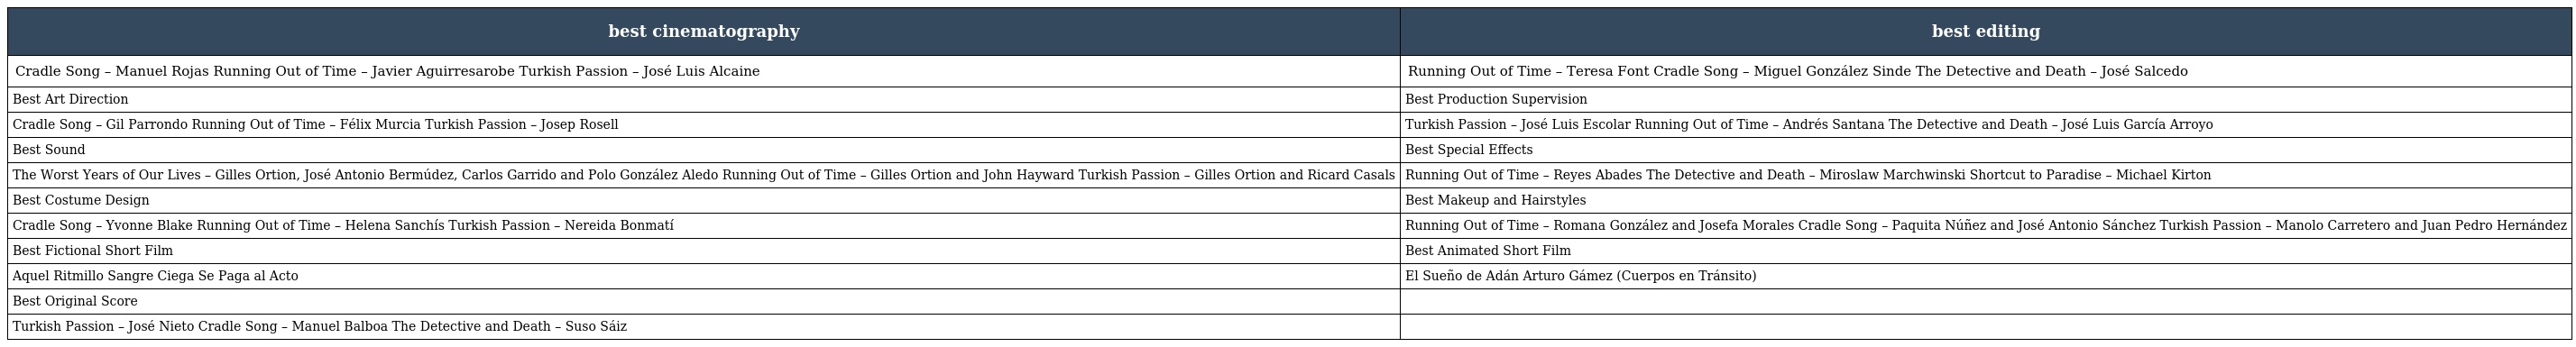
| best cinematography | best editing |
 | --- | --- |
 | Cradle Song – Manuel Rojas Running Out of Time – Javier Aguirresarobe Turkish Passion – José Luis Alcaine | Running Out of Time – Teresa Font Cradle Song – Miguel González Sinde The Detective and Death – José Salcedo |
 | Best Art Direction | Best Production Supervision |
 | Cradle Song – Gil Parrondo Running Out of Time – Félix Murcia Turkish Passion – Josep Rosell | Turkish Passion – José Luis Escolar Running Out of Time – Andrés Santana The Detective and Death – José Luis García Arroyo |
 | Best Sound | Best Special Effects |
 | The Worst Years of Our Lives – Gilles Ortion, José Antonio Bermúdez, Carlos Garrido and Polo González Aledo Running Out of Time – Gilles Ortion and John Hayward Turkish Passion – Gilles Ortion and Ricard Casals | Running Out of Time – Reyes Abades The Detective and Death – Miroslaw Marchwinski Shortcut to Paradise – Michael Kirton |
 | Best Costume Design | Best Makeup and Hairstyles |
 | Cradle Song – Yvonne Blake Running Out of Time – Helena Sanchís Turkish Passion – Nereida Bonmatí | Running Out of Time – Romana González and Josefa Morales Cradle Song – Paquita Núñez and José Antonio Sánchez Turkish Passion – Manolo Carretero and Juan Pedro Hernández |
 | Best Fictional Short Film | Best Animated Short Film |
 | Aquel Ritmillo Sangre Ciega Se Paga al Acto | El Sueño de Adán Arturo Gámez (Cuerpos en Tránsito) |
 | Best Original Score |  |
 | Turkish Passion – José Nieto Cradle Song – Manuel Balboa The Detective and Death – Suso Sáiz |  |